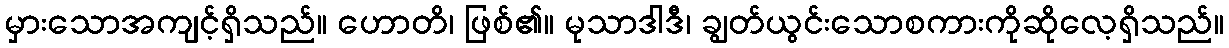
မှားသောအကျင့်ရှိသည်။ ဟောတိ၊ ဖြစ်၏။ မုသာဒါဒီ၊ ချွတ်ယွင်းသောစကားကိုဆိုလေ့ရှိသည်။